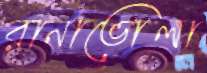
রানাভোলা